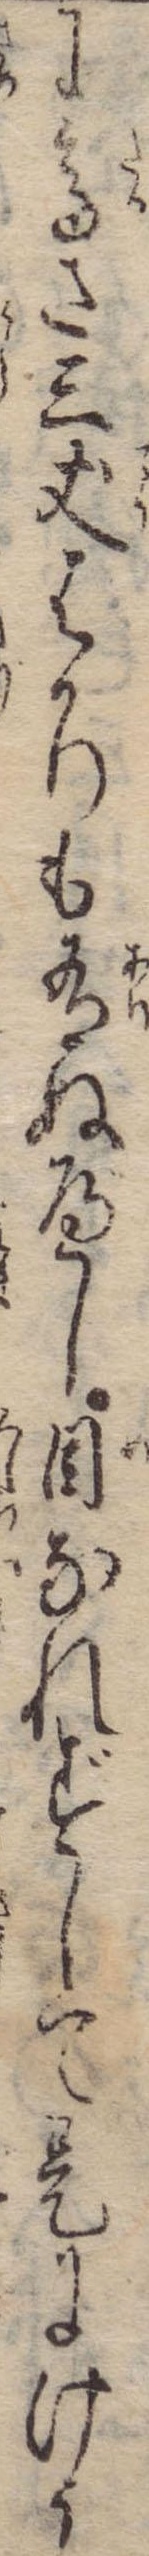
に高さ三丈はかりも有ぬべし目なれずして是にけう